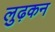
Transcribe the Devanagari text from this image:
लुढ़कन